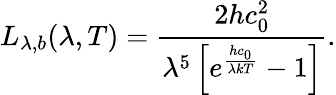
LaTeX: L_{\lambda,b}(\lambda,T)=\frac{2hc_{0}^{2}}{\lambda^{5}\left[e^{\frac{hc_{0}}{\lambda kT}}-1\right]}\mathrm{.}